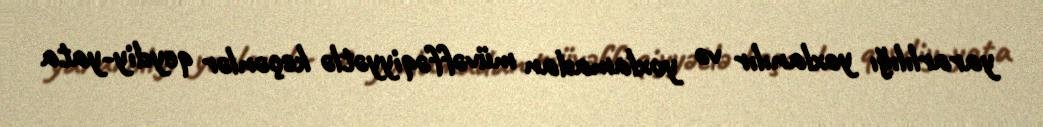
yararlılığı yoxlanılır və yoxlamadan müvəffəqiyyətlə keçənlər qeydiy­yata